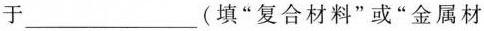
于___(填”复合材料”或”金属材